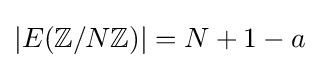
|E(\mathbb {Z} /N\mathbb {Z} )|=N+1-a